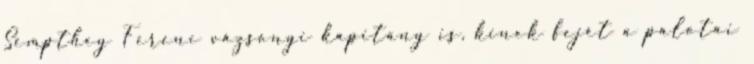
Sempthey Ferenc vázsonyi kapitány is, kinek fejét a palotai